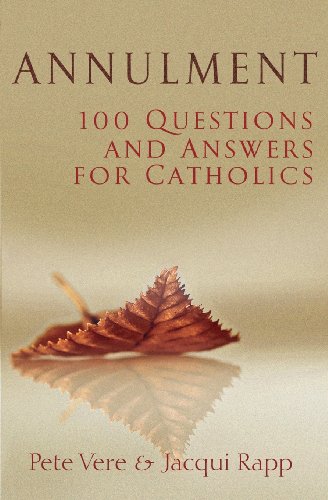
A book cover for Annulment: 100 Questions and Answers for Catholics; Pete Vere; Law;